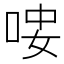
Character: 𠳴